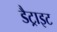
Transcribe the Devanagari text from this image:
डैट्राइट